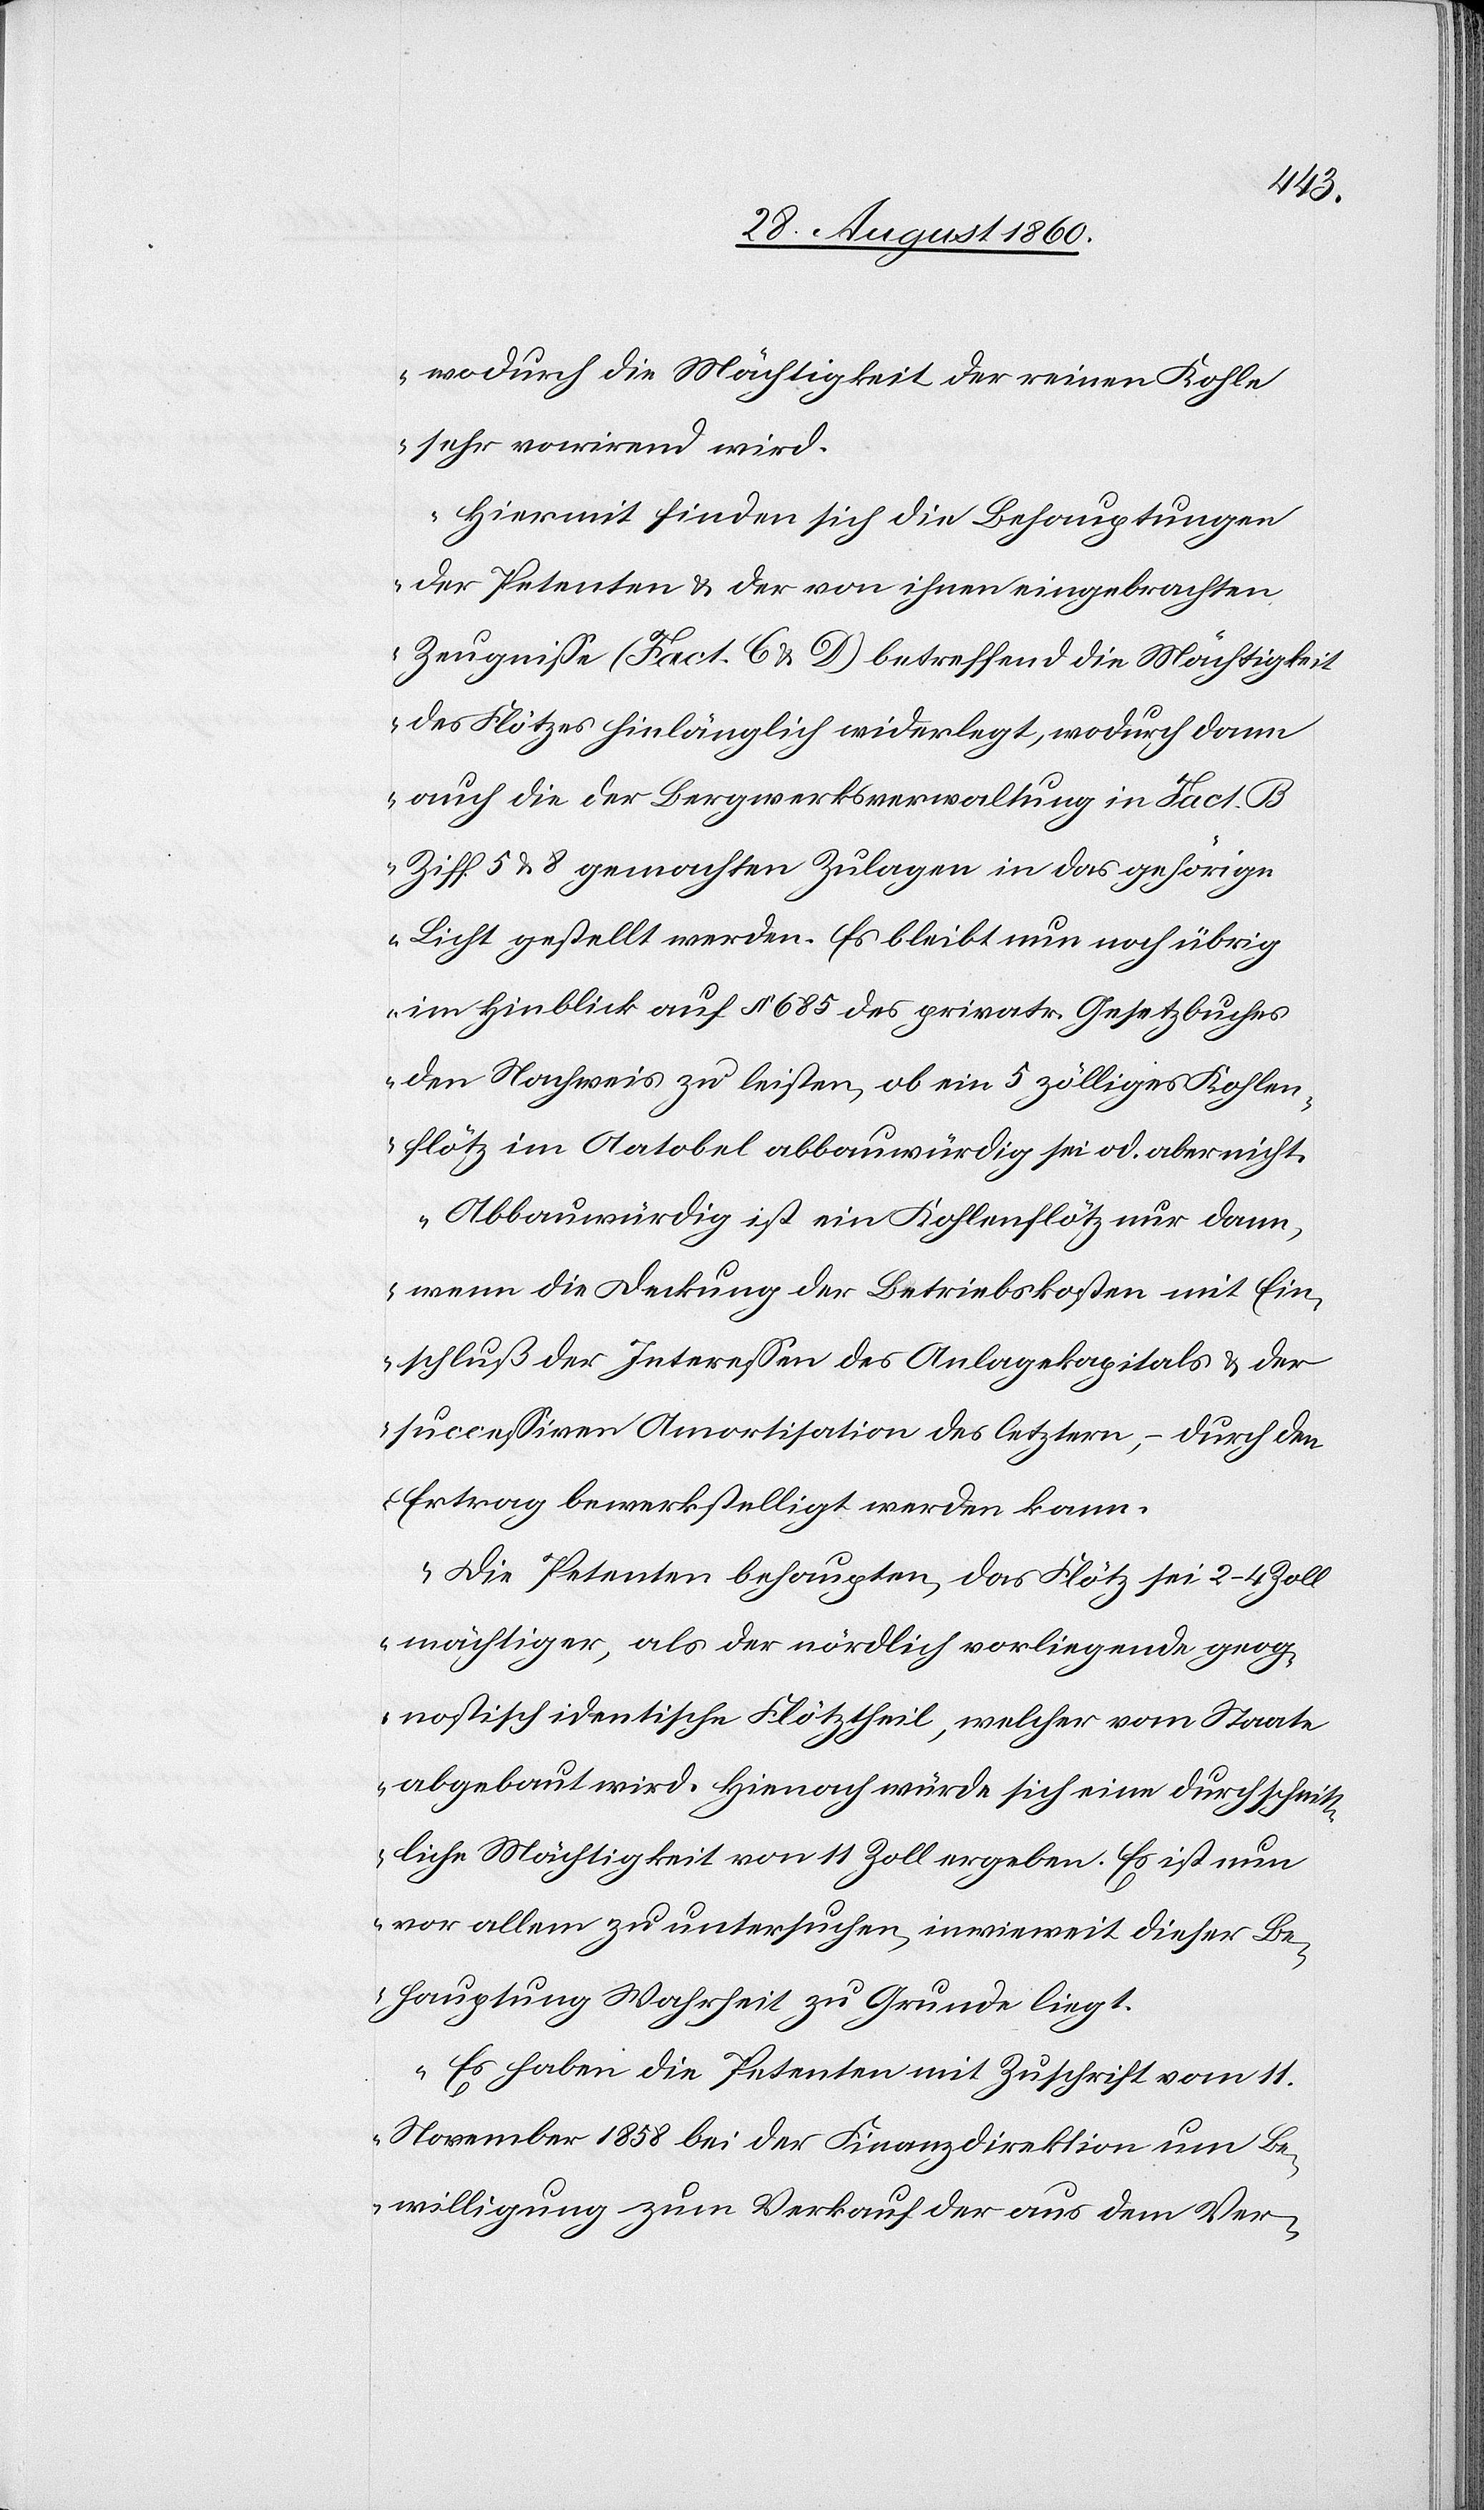
wodurch die Mächtigkeit der reinen Kohle
sehr varirend wird.
Hiemit finden sich die Behauptungen
der Petenten u. der von ihnen eingebrachten
Zeugnisse (Fact. C u. D) betreffend die Mächtigkeit
des Flötzes hinlänglich widerlegt, wodurch dann
auch die der Bergwerksverwaltung in Fact. B
Ziff. 5 u. 8 gemachten Zulagen in das gehörige
Licht gestellt werden. Es bleibt nun noch übrig
im Hinblick auf §. 685 des privatrechtl. Gesetzbuches
den Nachweis zu leisten, ob ein 5 zölliges Kohlen¬
flötz im Aatobel abbauwürdig sei oder aber nicht.
Abbauwürdig ist ein Kohleflötz nur dann,
wenn die Deckung der Betriebskosten mit Ein¬
schluss der Interessen des Anlagekapitals u. der
successiven Amortisation des letztern, durch den
Ertrag bewerkstelligt werden kann.
Die Petenten behaupten, das Flötz sei 2–4 Zoll
mächtiger, als der nördlich vorliegende geog¬
nostisch identische Flötztheil, welches vom Staate
abgebaut wird. Hiernach würde sich eine durchschnitt¬
liche Mächtigkeit von 11 Zoll ergeben. Es ist nun
vor Allem zu Untersuchung, in wie weit dieser Be¬
hauptung Wahrheit zu Grunde liegt.
„Es haben die Petenten mit Zuschrift vom 11t
November 1858 bei der Finanzdirektion um Be¬
willigung zum Verkauf der aus dem Ver-